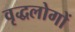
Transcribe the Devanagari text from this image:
वृद्धलोगों